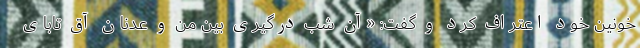
خونین خود اعتراف کرد و گفت: «آن شب درگیری بین من و عدنان آق تابای